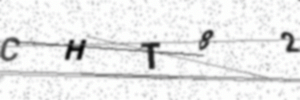
Text: CHT82